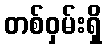
တစ်ဝှမ်းရှိ